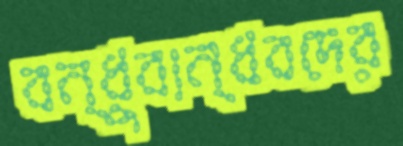
বন্ধুবান্ধবদের